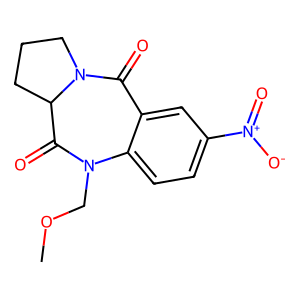
SMILES: COCN1C(=O)C2CCCN2C(=O)c2cc([N+](=O)[O-])ccc21
Inhibits HIV replication: No